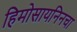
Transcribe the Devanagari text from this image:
हिमोसायनिनचा